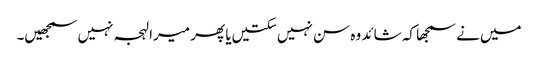
میں‌نے سمجھا کہ شائد وہ سن نہیں‌سکتیں‌یا پھر میرا لہجہ نہیں‌سمجھیں۔